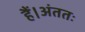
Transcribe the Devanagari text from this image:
हैं।अंततः